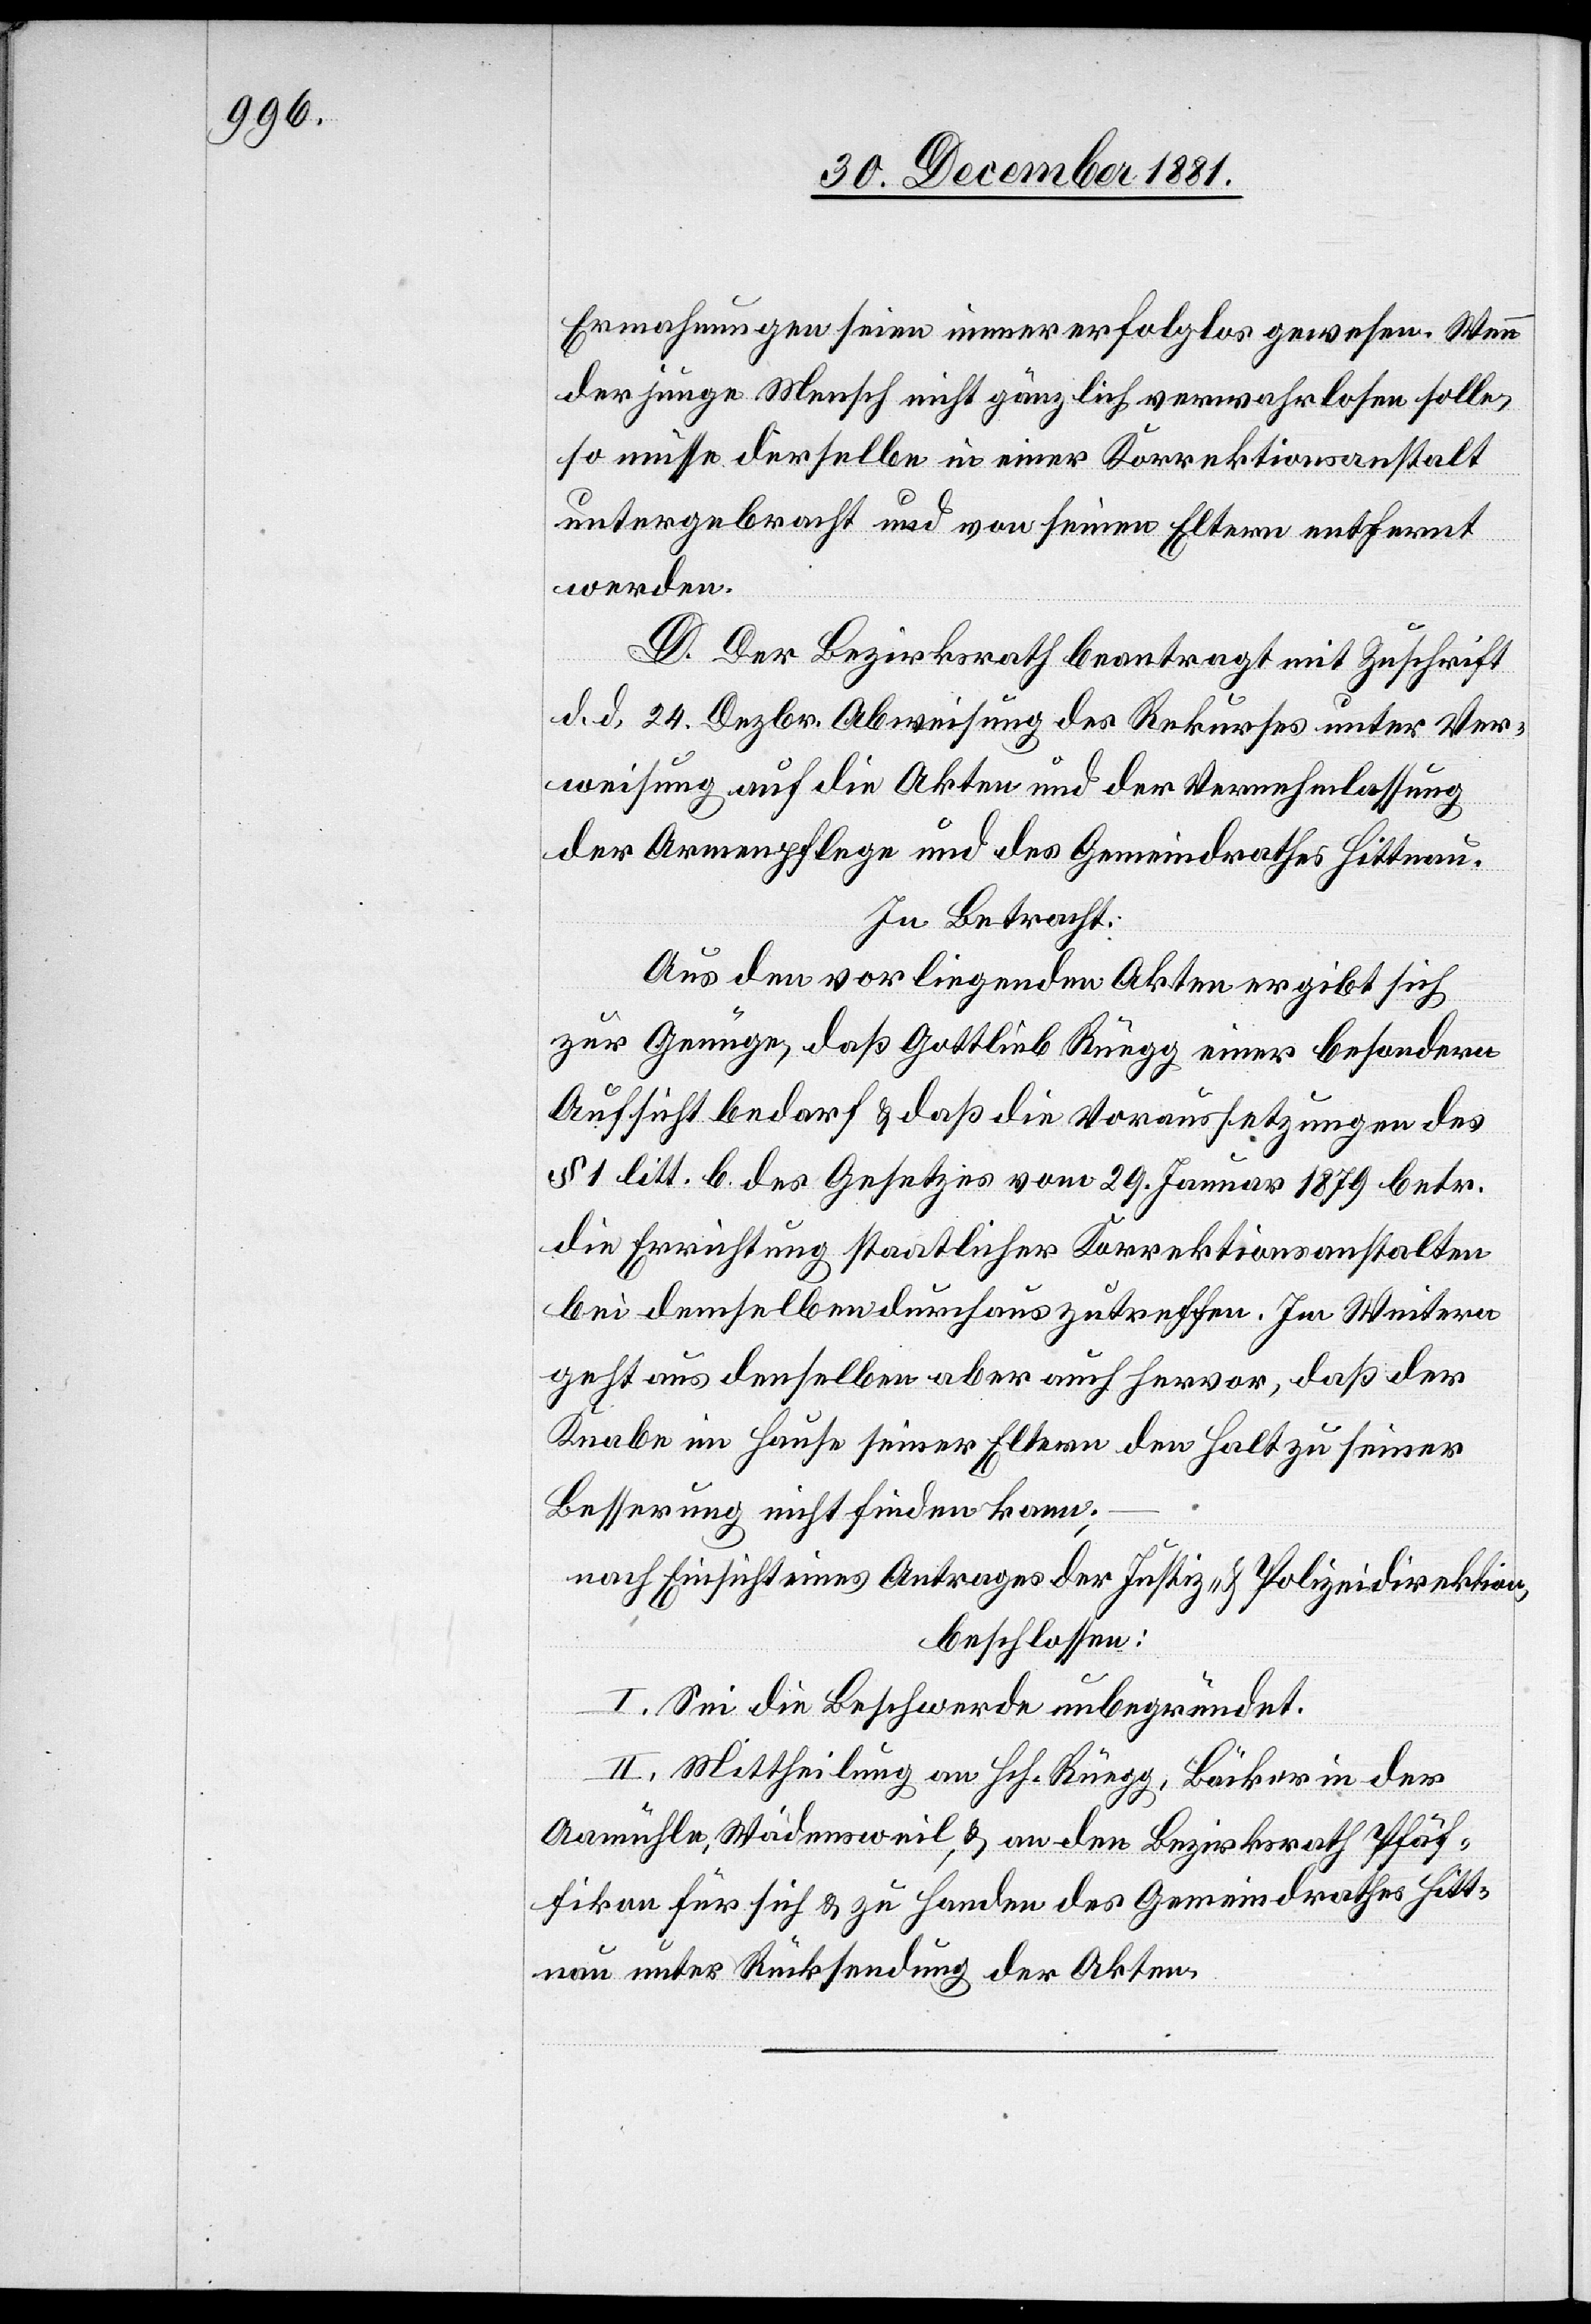
Ermahnungen seien immer erfolglos gewesen. Wenn
der junge Mensch nicht gänzlich verwahrlosen solle,
so müsse derselbe in einer Korrektionsanstalt
untergebracht und von seinen Eltern entfernt
werden.
D. Der Bezirksrath beantragt mit Zuschrift
d. d. 24. Dezbr. Abweisung des Rekurses unter Ver¬
weisung auf die Akten und der Vernehmlassung
der Armenpflege und des Gemeindrathes Hittnau.
In Betracht:
Aus den vorliegenden Akten ergibt sich
zur Genüge, daß Gottlieb Rüegg einer besondern
Aufsicht bedarf & daß die Voraussetzungen des
§ 1 litt. b des Gesetzes vom 29. Januar 1879 betr.
die Errichtung staatlicher Korrektionsanstalten
bei demselben durchaus zutreffen. Im Weitern
geht aus denselben aber auch hervor, daß der
Knabe im Hause seiner Eltern den Halt zu seiner
Besserung nicht finden kann.
nach Einsicht eines Antrages der Justiz- & Polizeidirektion,
beschlossen:
I. Sei die Beschwerde unbegründet.
II. Mittheilung an Hch. Rüegg, Bäcker in der
Aamühle, Wädensweil, & an den Bezirksrath Pfäf¬
fikon für sich & zu Handen des Gemeindrathes Hitt¬
nau unter Rücksendung der Akten.